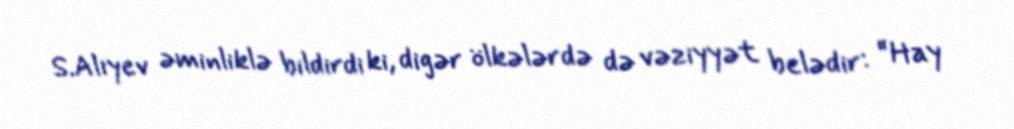
S.Alıyev əminliklə bildirdi ki, digər ölkələrdə də vəziyyət belədir: “Hay